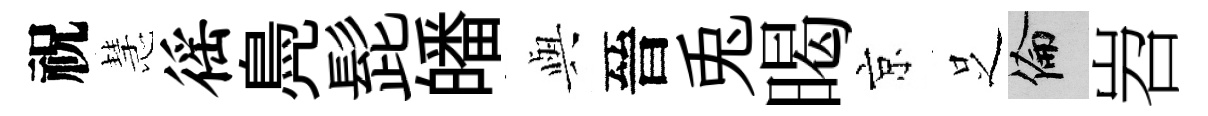
祝慧徭鳧髭皤𫤰晉兎暍京𠯁倫岧